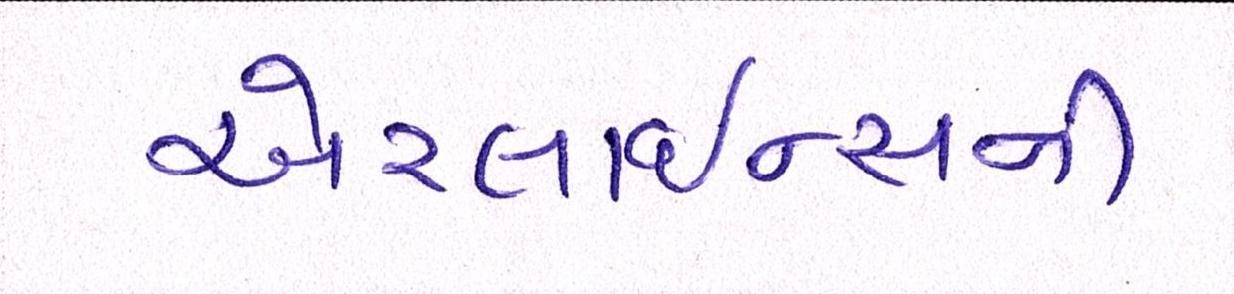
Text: એરલાઇન્સની